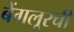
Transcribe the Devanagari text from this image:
बेंगलूरची